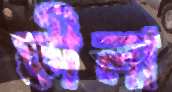
হ্নীলা